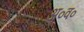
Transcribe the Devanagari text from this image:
अ०व०